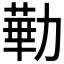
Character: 𪟥